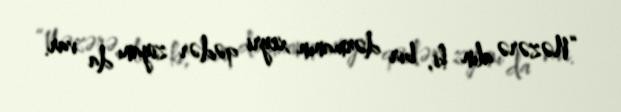
“Nəzərə alın ki, bir dərmanın xeyri qədər ziyanı da var.